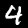
Digit: 4